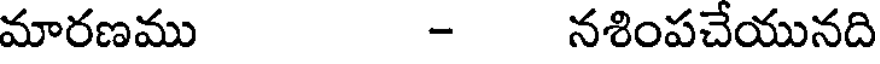
మారణము - నశింపచేయునది